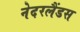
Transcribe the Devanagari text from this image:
नेदरलैंडस